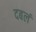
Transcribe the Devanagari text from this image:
दबलं